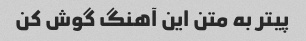
پیتر به متن این آهنگ گوش کن